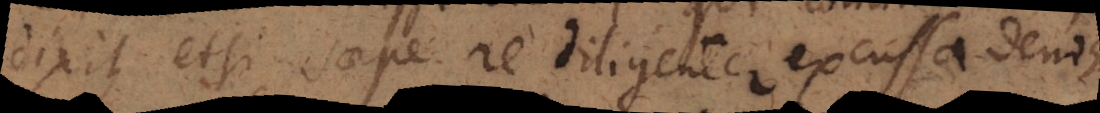
dixit, etsi saepe re diligenter excussa denique